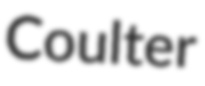
Coulter